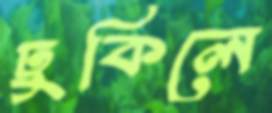
ঢুকিলে